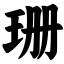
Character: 珊